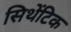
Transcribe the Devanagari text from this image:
सिथेंटिक